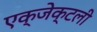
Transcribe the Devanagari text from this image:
एक्जेक्टली